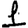
Digit: 1